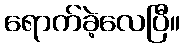
ရောက်ခဲ့လေပြီ။